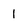
Character: 1